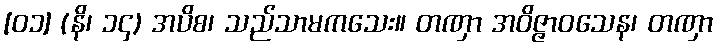
[၀၁] (နိ၊ ၁၄) အပိစ၊ သည်သာမကသေး။ တဏှာ အဝိဇ္ဇာဝသေန၊ တဏှာ